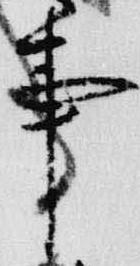
事